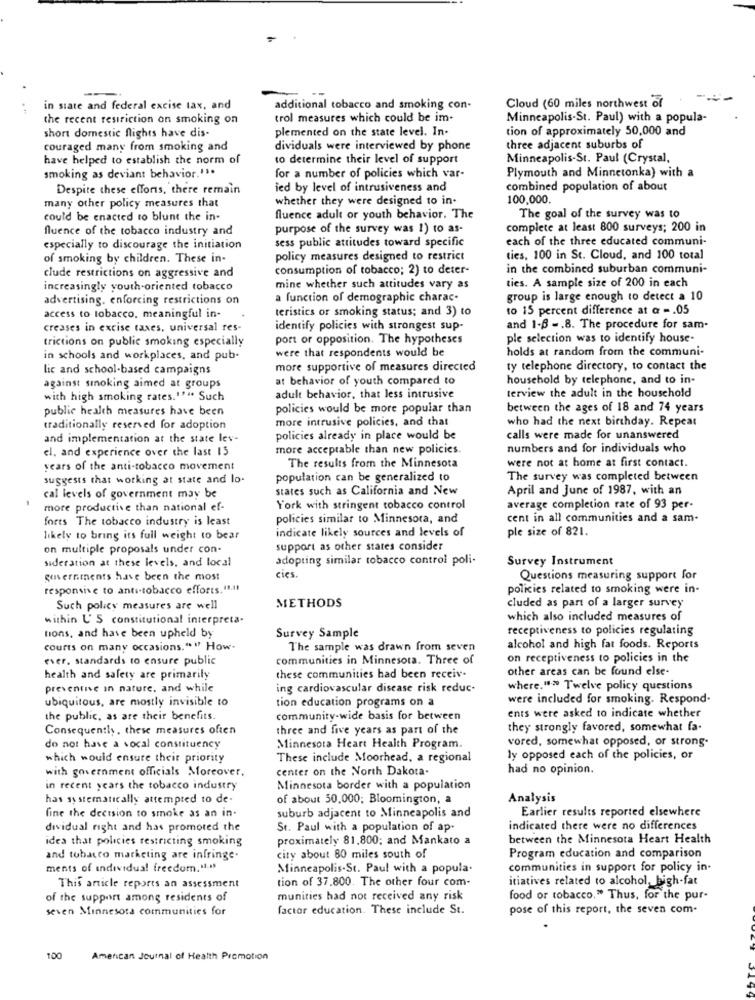
--
in state and federal excise tax, and
additional tobacco and smoking con-
Cloud (60 miles northwest of
the recent restriction on smoking on
trol measures which could be im-
Minneapolis-St. Paul) with a popula-
short domestic flights have dis-
plemented on the state level. In-
tion of approximately 50,000 and
couraged many from smoking and
dividuals were interviewed by phone
three adjacent suburbs of
have helped to establish the norm of
to determine their level of support
Minneapolis-St. Paul (Crystal,
smoking as deviant behavior.".
Plymouth and Minnetonka) with a
for a number of policies which var-
Despite these efforts, there remain
ied by level of intrusiveness and
combined population of about
many other policy measures that
whether they were designed to in.
100,000.
could be enacted to blunt the in-
fluence adult or youth behavior. The
The goal of the survey was to
fluence of the tobacco industry and
purpose of the survey was 1) to as-
complete at least 800 surveys; 200 in
sess public attitudes toward specific
each of the three educated communi-
especially to discourage the initiation
of smoking by children. These in-
policy measures designed to restrict
ties, 100 in St. Cloud, and 100 total
consumption of tobacco; 2) to deter-
in the combined suburban communi-
clude restrictions on aggressive and
ties. A sample size of 200 in each
increasingly youth-oriented tobacco
mine whether such attitudes vary as
advertising. enforcing restrictions on
a function of demographic charac-
group is large enough to detect a 10
teristics or smoking status; and 3) to
to 15 percent difference at @ -. 05
access to tobacco, meaningful in-
creases in excise taxes, universal res-
identify policies with strongest sup-
and 1-6 -. 8. The procedure for sam-
trictions on public smoking especially
port or opposition. The hypotheses
ple selection was to identify house-
were that respondents would be
holds at random from the communi-
in schools and workplaces, and pub-
lic and school-based campaigns
more supportive of measures directed
ty telephone directory, to contact the
at behavior of youth compared to
household by telephone, and to in-
against smoking aimed at groups
terview the adult in the household
with high smoking rates.""" Such
adult behavior, that less intrusive
public health measures have been
policies would be more popular than
between the ages of 18 and 74 years
more intrusive policies, and that
who had the next birthday. Repeat
traditionally reserved for adoption
and implementation at the state lev-
policies already in place would be
calls were made for unanswered
el. and experience over the last 15
more acceptable than new policies.
numbers and for individuals who
were not at home at first contact.
years of the anti-tobacco movement
The results from the Minnesota
suggests that working at state and lo.
population can be generalized to
The survey was completed between
states such as California and New
April and June of 1987, with an
cal levels of government may be
more productive than national ef-
York with stringent tobacco control
average completion rate of 93 per-
forts The tobacco industry is least
policies similar to Minnesota, and
cent in all communities and a sam-
indicate likely sources and levels of
ple size of 821.
likely to bring its full weight to bear
on multiple proposals under con-
support as other states consider
adopting similar tobacco control poli-
Survey Instrument
sideration at these levels, and local
governments have been the most
cies.
Questions measuring support for
responsive to anti-tobacco efforts.41.41
policies related to smoking were in-
METHODS
Such policy measures are well
cluded as part of a larger survey
within U'S constitutional interpreta-
which also included measures of
tions, and have been upheld by
receptiveness to policies regulating
Survey Sample
courts on many occasions." " How-
The sample was drawn from seven
alcohol and high fat foods. Reports
ever. standards to ensure public
communities in Minnesota. Three of
on receptiveness to policies in the
other areas can be found else-
health and safety are primarily
these communities had been receive
preventive in nature, and while
ing cardiovascular disease risk reduc-
where."> Twelve policy questions
ubiquitous, are mostly invisible to
tion education programs on a
were included for smoking. Respond.
ents were asked to indicate whether
the public, as are their benefits.
community-wide basis for between
Consequently, these measures often
three and five years as part of the
they strongly favored, somewhat fa.
vored, somewhat opposed, or strong.
do not have a vocal constituency
Minnesota Heart Health Program.
which would ensure their priority
These include Moorhead, a regional
ly opposed each of the policies, or
with government officials Moreover,
center on the North Dakota-
had no opinion.
in recent years the tobacco industry
Minnesota border with a population
has systematically attempted to de.
of about 50,000; Bloomington, a
Analysis
fine the decision to smoke as an in-
suburb adjacent to Minneapolis and
Earlier results reported elsewhere
dividual right and has promoted the
St. Paul with a population of ap-
indicated there were no differences
idea that policies restricting smoking
proximately 81,800; and Mankato a
between the Minnesota Heart Health
and tobacco marketing are infringe.
city about 80 miles south of
Program education and comparison
ments of individual freedom ....
Minneapolis-St. Paul with a popula-
communities in support for policy in-
tion of 37,800. The other four com-
itiatives related to alcohol, high-fat
This article reports an assessment
of the support among residents of
munities had not received any risk
food or tobacco." Thus, for the pur-
seven Minnesota communities for
factor education. These include St.
pose of this report, the seven com-
American Journal of Health Promotion